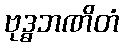
ဗုဒ္ဓဘဏိတံ